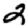
Digit: 2